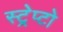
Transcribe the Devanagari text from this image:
स्ट्रेप्टो